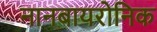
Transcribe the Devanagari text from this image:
नानबायरोनिक